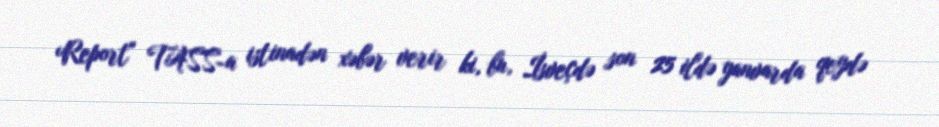
Report" TASS-a istinadən xəbər verir ki, bu, İsveçdə son 25 ildə yanvarda qeydə